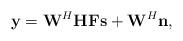
LaTeX: \begin{align*} {\bf{y}} = {{\bf{W}}^H}{\bf{HFs}} + {{\bf{W}}^H}{\bf{n}},\end{align*}